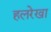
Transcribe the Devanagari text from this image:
हलरेखा